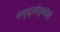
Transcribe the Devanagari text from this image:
समुद्रसेतुबंधेसी